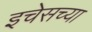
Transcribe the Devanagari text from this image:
इचेसच्या